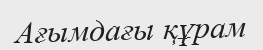
Ағымдағы құрам